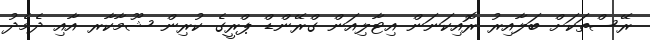
ރޭސްތަކަށް ބަލާއިރު ރޮއިކަނަން އިޓާލިއަން ގްރޭންޑް ޕްރީގެ ކުރިން ޝޫމާކާރ އާއި ދެމެދު